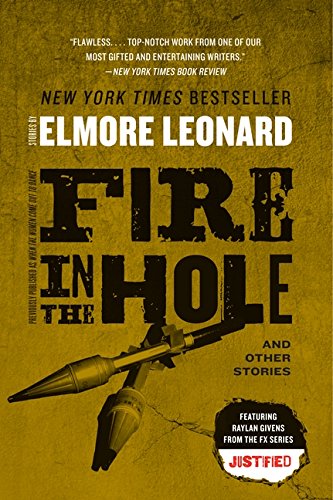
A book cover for Fire in the Hole: Stories; Elmore Leonard; Literature & Fiction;